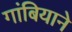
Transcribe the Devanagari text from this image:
गांबियाने